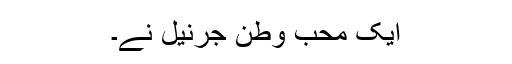
ایک محب وطن جرنیل نے۔